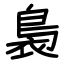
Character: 裊